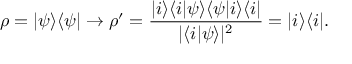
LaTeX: \rho = | \psi \rangle \langle \psi | \to \rho ^ { \prime } = { \frac { | i \rangle \langle i | \psi \rangle \langle \psi | i \rangle \langle i | } { | \langle i | \psi \rangle | ^ { 2 } } } = | i \rangle \langle i | .